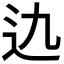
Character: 𨑍